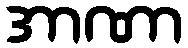
အာဏာ